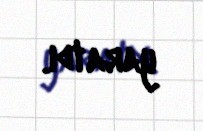
yaratdı.